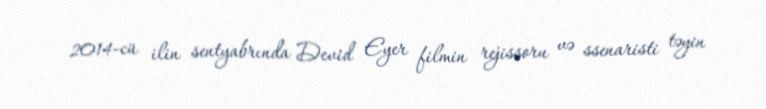
2014-cü ilin sentyabrında Devid Eyer filmin rejissoru və ssenaristi təyin